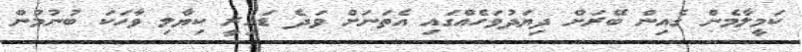
ކަމީލާމެން ގެއިން ބޭރަށް ދިޔަދުވަހެއްގައި އެތަނަށް ވަދެ ޑައިރީ ކިޔާލި ވާހަކަ ބުނުމުން